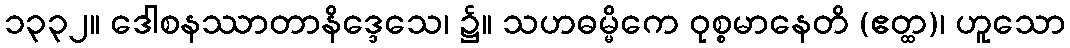
၁၃၃၂။ ဒေါစနဿာတာနိဒ္ဒေသေ၊ ၌။ သဟဓမ္မိကေ ဝုစ္စမာနေတိ (ဧတ္ထ)၊ ဟူသော